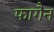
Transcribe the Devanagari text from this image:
फागैन